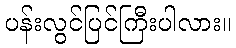
ပန်းလွင်ပြင်ကြီးပါလား။